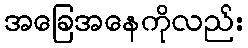
အခြေအနေကိုလည်း